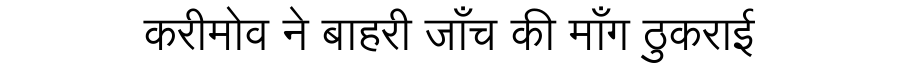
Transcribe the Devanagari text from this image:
करीमोव ने बाहरी जाँच की माँग ठुकराई